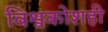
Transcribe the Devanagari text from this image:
विश्वकोशही